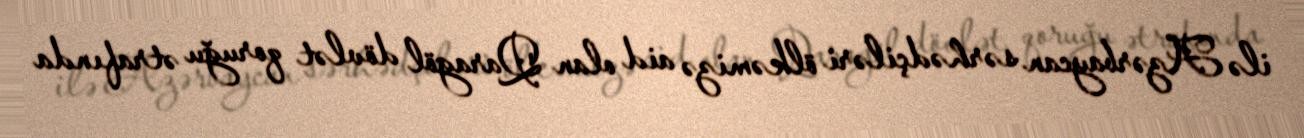
ilə Azərbaycan sərhədçiləri ölkəmizə aid olan Qaragöl dövlət qoruğu ətrafında